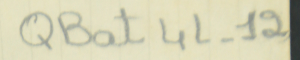
QBat 4L-12